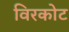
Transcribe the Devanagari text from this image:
विरकोट